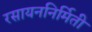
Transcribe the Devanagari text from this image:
रसायननिर्मिती